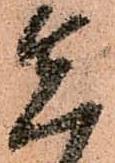
先